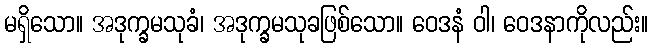
မရှိသော။ အဒုက္ခမသုခံ၊ အဒုက္ခမသုခဖြစ်သော။ ဝေဒနံ ဝါ၊ ဝေဒနာကိုလည်း။